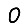
Digit: 0